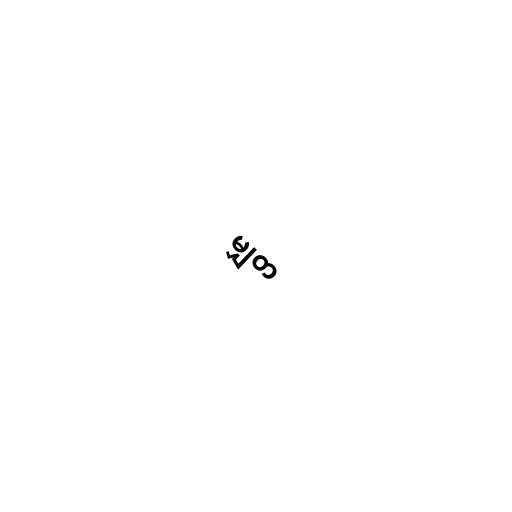
မျှတ